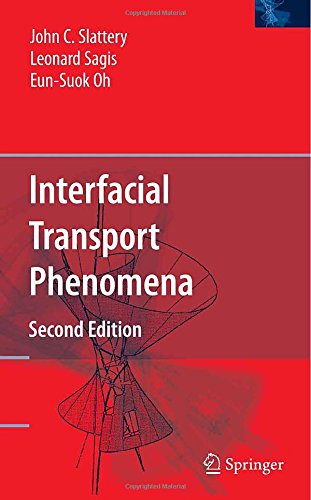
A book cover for Interfacial Transport Phenomena; John C. Slattery; Science & Math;